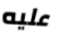
عليه